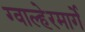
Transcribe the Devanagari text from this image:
ग्वाल्हेरमार्गे